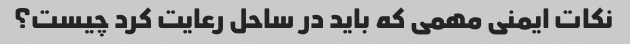
نکات ایمنی مهمی که باید در ساحل رعایت کرد چیست؟